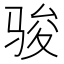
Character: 骏